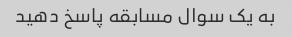
به یک سوال مسابقه پاسخ دهید